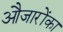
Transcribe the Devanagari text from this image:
औजारोंका